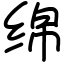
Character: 绵